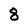
Character: 8